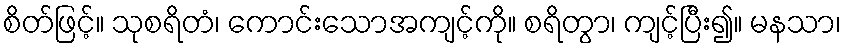
စိတ်ဖြင့်။ သုစရိတံ၊ ကောင်းသောအကျင့်ကို။ စရိတွာ၊ ကျင့်ပြီး၍။ မနသာ၊